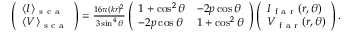
\begin{array} { r } { \left( \begin{array} { l } { \langle I \rangle _ { \mathrm { ~ s ~ c ~ a ~ } } } \\ { \langle V \rangle _ { \mathrm { ~ s ~ c ~ a ~ } } } \end{array} \right) = \frac { 1 6 \pi ( k r ) ^ { 2 } } { 3 \sin ^ { 4 } \theta } \left( \begin{array} { l l } { 1 + \cos ^ { 2 } \theta } & { - 2 p \cos \theta } \\ { - 2 p \cos \theta } & { 1 + \cos ^ { 2 } \theta } \end{array} \right) \left( \begin{array} { l } { I _ { \mathrm { ~ f ~ a ~ r ~ } } ( r , \theta ) } \\ { V _ { \mathrm { ~ f ~ a ~ r ~ } } ( r , \theta ) } \end{array} \right) . } \end{array}